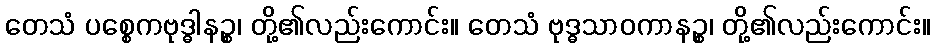
တေသံ ပစ္စေကဗုဒ္ဓါနဉ္စ၊ တို့၏လည်းကောင်း။ တေသံ ဗုဒ္ဓသာဝကာနဉ္စ၊ တို့၏လည်းကောင်း။